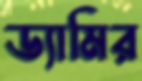
ড্যামির